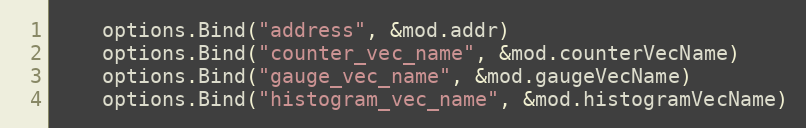
Language: Go
	options.Bind("address", &mod.addr)
	options.Bind("counter_vec_name", &mod.counterVecName)
	options.Bind("gauge_vec_name", &mod.gaugeVecName)
	options.Bind("histogram_vec_name", &mod.histogramVecName)